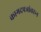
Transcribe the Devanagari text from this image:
कागदपञांवरून